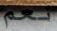
نعم